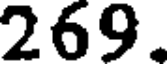
269.